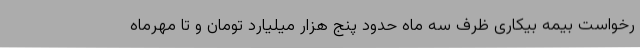
رخواست بیمه بیکاری ظرف سه ماه حدود پنج هزار میلیارد تومان و تا مهرماه